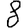
Digit: 8